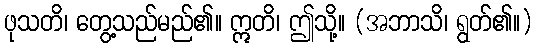
ဖုသတိ၊ တွေ့သည်မည်၏။ ဣတိ၊ ဤသို့။ (အဘာသိ၊ ရွတ်၏။)